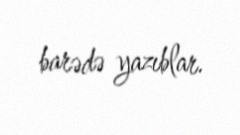
barədə yazıblar.